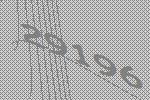
29196